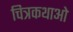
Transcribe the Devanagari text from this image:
चित्रकथाओ